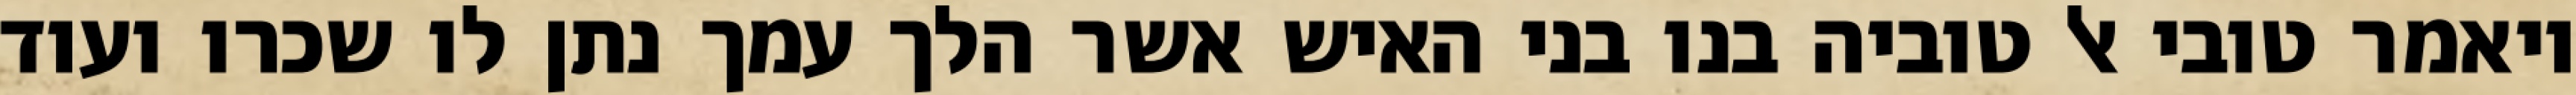
ויאמר טובי אל טוביה בנו בני האיש אשר הלך עמך נתן לו שכרו ועוד